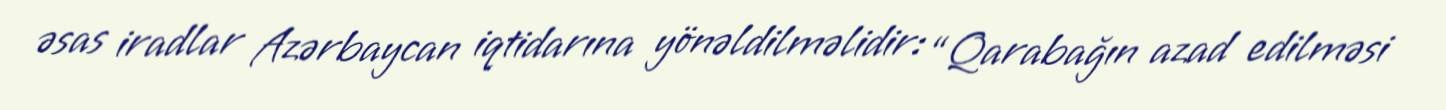
əsas iradlar Azərbaycan iqtidarına yönəldilməlidir: “Qarabağın azad edilməsi